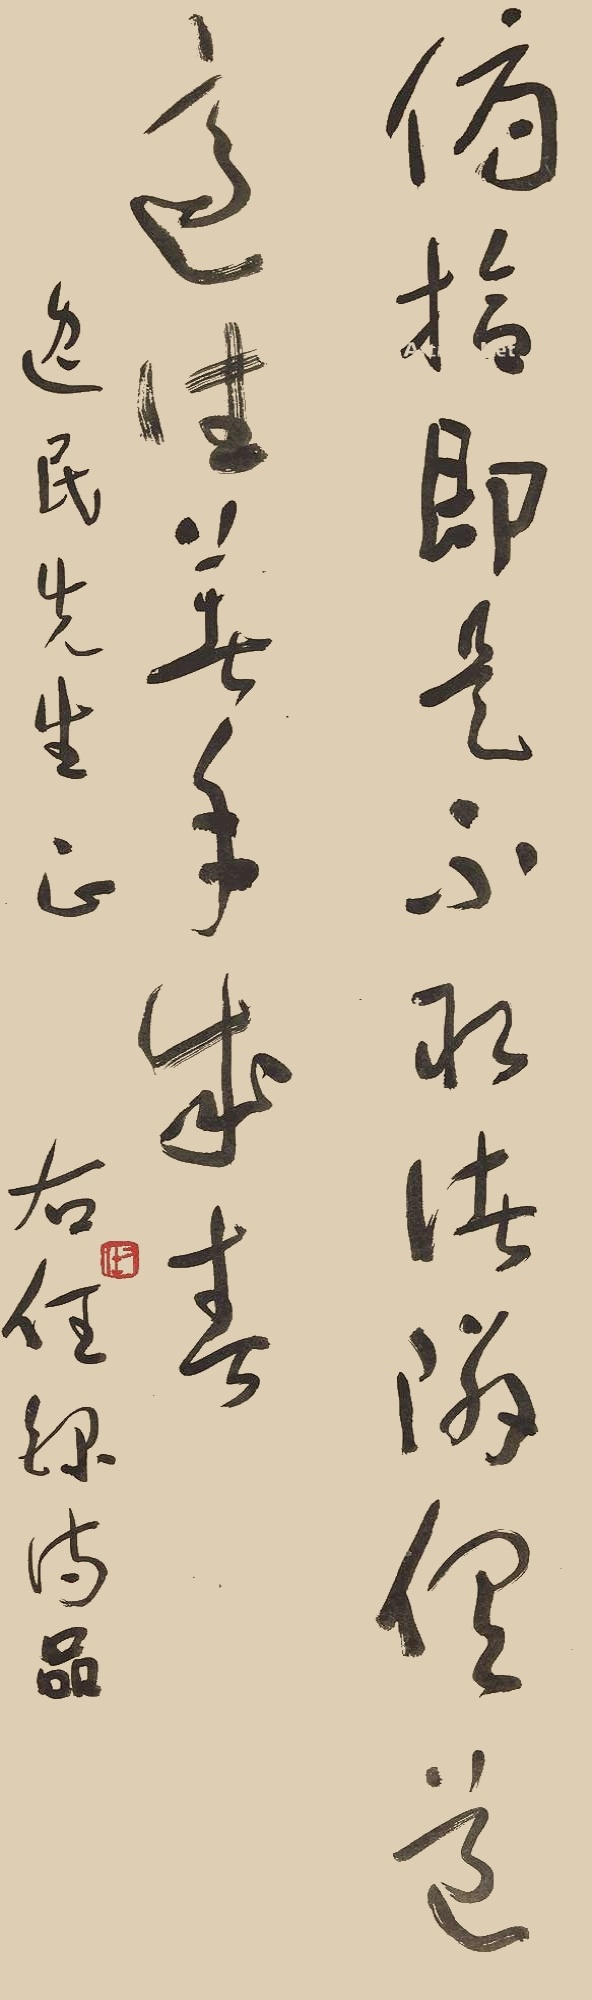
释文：俯拾即是，不取诸邻。俱道适往，着手成春逸民先生正，右任录诗品。